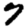
Digit: 7